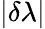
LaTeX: |\delta\lambda|